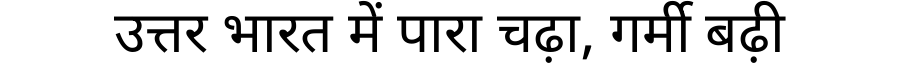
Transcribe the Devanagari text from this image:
उत्तर भारत में पारा चढ़ा, गर्मी बढ़ी